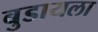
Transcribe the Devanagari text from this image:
बुडायला